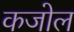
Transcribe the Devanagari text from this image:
कजोल